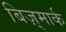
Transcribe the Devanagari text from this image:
बिज़्मार्क